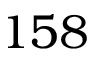
1 5 8